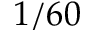
1 / 6 0